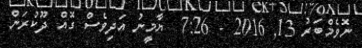
ނޮވެމްބަރު 13